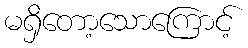
မရှိတော့သောကြောင့်